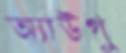
অ্যাউগু